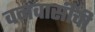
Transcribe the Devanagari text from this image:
वनवासींची